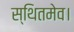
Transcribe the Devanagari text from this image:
स्थितमेव।